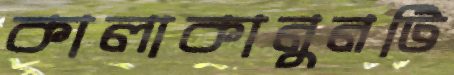
কালাকানুনটি